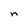
Character: n